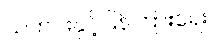
သတင်းနှင့်ပြန်ကြားရေး